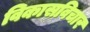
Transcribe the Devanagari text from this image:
विकासविचार